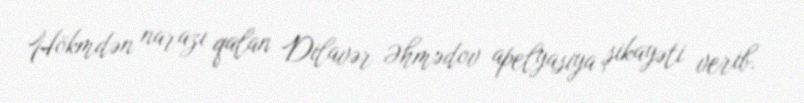
Hökmdən narazı qalan Dilavər Əhmədov apelyasiya şikayəti verib.